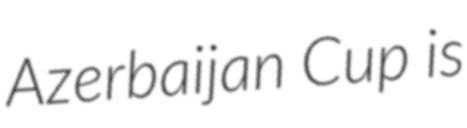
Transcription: Azerbaijan Cup is